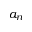
a _ { n }